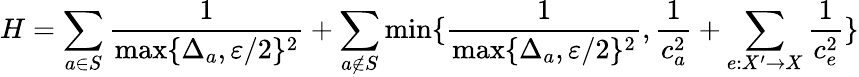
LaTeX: H=\sum_{a\in S}\frac{1}{\operatorname*{max}\{ \Delta_{a},\varepsilon/2\} ^{2}}+\sum_{a\notin S}\operatorname*{min}\{ \frac{1}{\operatorname*{max}\{ \Delta_{a},\varepsilon/2\} ^{2}},\frac{1}{c_{a}^{2}}+\sum_{e:X^{\prime}\to X}\frac{1}{c_{e}^{2}}\}